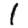
Digit: 1